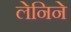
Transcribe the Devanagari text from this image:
लेनिने